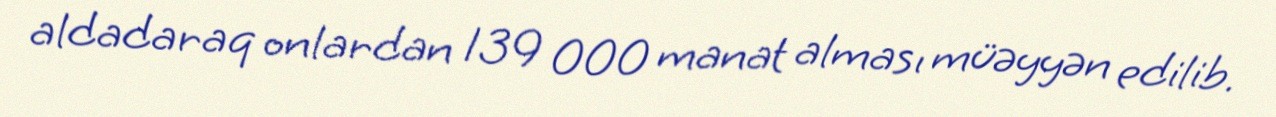
aldadaraq onlardan 139 000 manat alması müəyyən edilib.